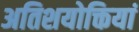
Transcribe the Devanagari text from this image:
अतिशयोक्तियां